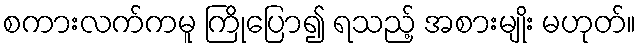
စကားလက်ကမူ ကြိုပြော၍ ရသည့် အစားမျိုး မဟုတ်။